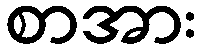
စာအား